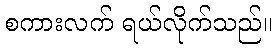
စကားလက် ရယ်လိုက်သည်။